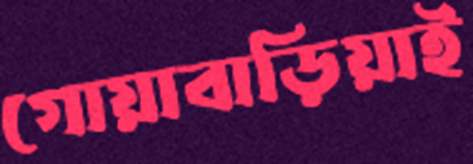
গোয়াবাড়িয়াই